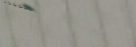
لمكافحة